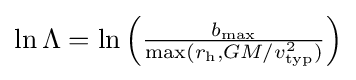
{\textstyle \ln \Lambda =\ln {\Big (}{\frac {b_{\mathrm {max} }}{\mathrm {max} (r_{\mathrm {h} },GM/v_{\mathrm {typ} }^{2})}}{\Big )}}